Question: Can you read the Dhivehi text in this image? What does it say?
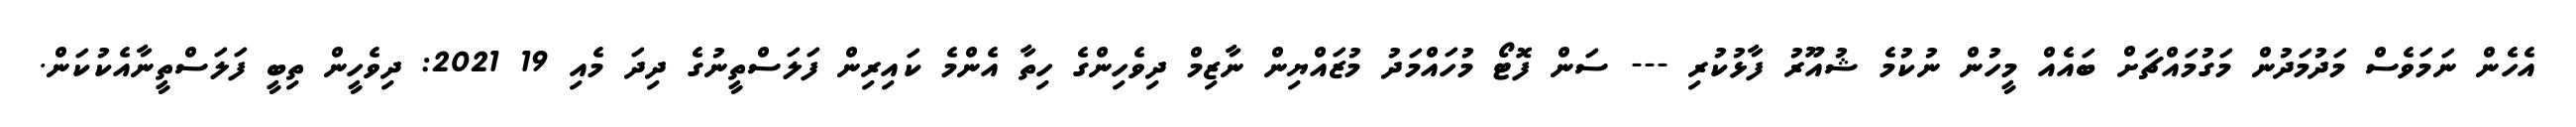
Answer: އެހެން ނަމަވެސް މަދުމަދުން މަގުމައްޗަށް ބައެއް މީހުން ނުކުމެ ޝުއޫރު ފާޅުކުރި --- ސަން ފޮޓޯ މުހައްމަދު މުޒައްޔިން ނާޒިމް ދިވެހިންގެ ހިތާ އެންމެ ކައިރިން ފަލަސްތީނުގެ ދިދަ މެއި 19 2021: ދިވެހީން ތިބީ ފަލަސްތީނާއެކުކަން.